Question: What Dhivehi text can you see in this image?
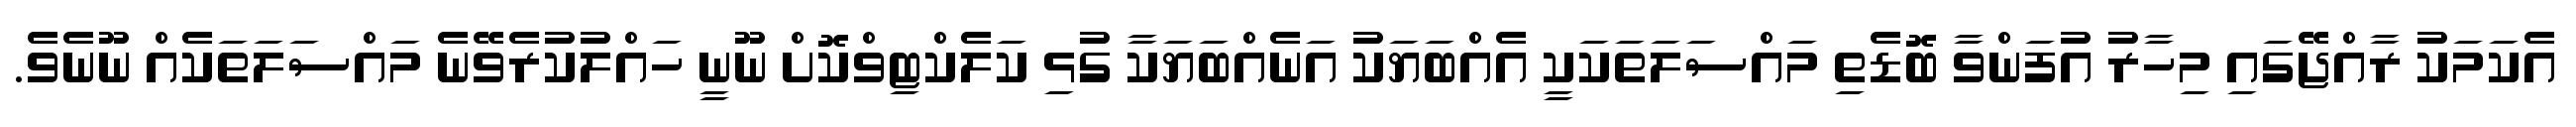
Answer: އެކަމަކު ރާއްޖޭގައި މިހާރު އުފަންވާ ބޮޑެތި މައްސަލަތަކަކީ އެއްބަޔަކު އަނެއްބަޔަކާ ގުޅި ކަލެކްޓިވްކޮށް ނޫނީ ހައްލުކުރެވޭނެ މައްސަލަތަކެއް ނޫނެވެ.